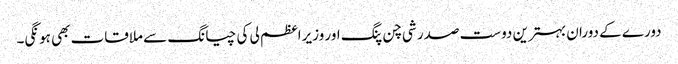
دورے کے دوران بہترین دوست صدر شی چن پنگ اور وزیراعظم لی کی چیانگ سے ملاقات بھی ہونگی۔